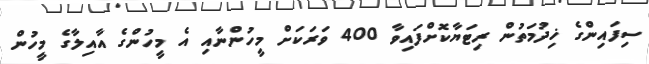
ސިފައިންގެ ޚިދުމަތުން ރިޓަޔާކޮށްފައިވާ 400 ވަރަކަށް މީހުންނާއި އެ މީހުންގެ އާއިލާގެ މީހުން